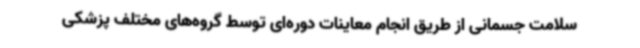
سلامت جسمانی از طریق انجام معاینات دوره‌ای توسط گروه‌های مختلف پزشکی